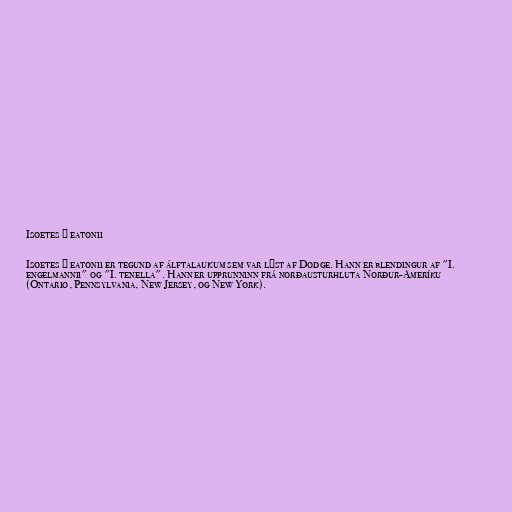
Isoetes × eatonii

Isoetes × eatonii er tegund af álftalaukum sem var lýst af Dodge. Hann er blendingur af "I.
engelmannii" og "I. tenella". Hann er upprunninn frá norðausturhluta Norður-Ameríku
(Ontario, Pennsylvania, New Jersey, og New York).